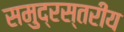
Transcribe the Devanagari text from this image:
समुद्रस्तरीय